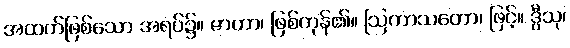
အထက်ဖြစ်သော အရပ်၌။ ဇာတာ၊ ဖြစ်ကုန်၏။ ဩကာသတော၊ ဖြင့်။ ဒွီသု၊